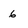
Character: 6